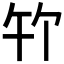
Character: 𪟳